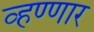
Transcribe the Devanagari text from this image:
व्हण्णार